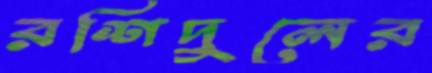
রশিদুলের